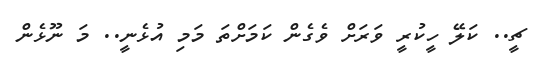
ޗީ.. ކަލޭ ހީކުރީ ވަރަށް ވެގެން ކަމަށްތަ މަމި އުޅެނީ.. މަ ނޫޅެން